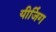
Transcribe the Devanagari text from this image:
यीजिंग